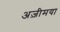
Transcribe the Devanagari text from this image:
अज़ीमया